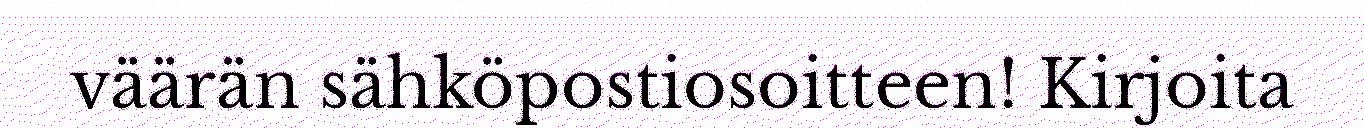
väärän sähköpostiosoitteen! Kirjoita